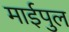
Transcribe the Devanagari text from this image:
माईपुल